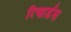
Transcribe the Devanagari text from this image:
रिचार्डस